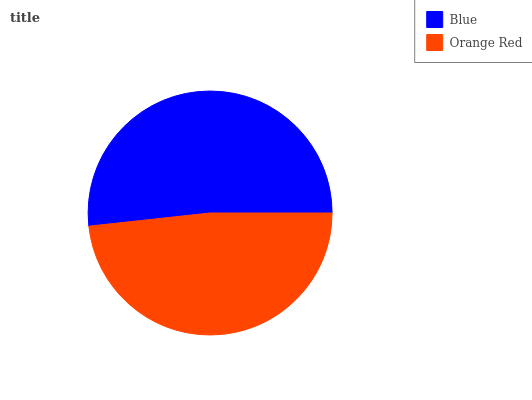
| Blue | Orange Red |
 | --- | --- |
 | 51.8% | 48.2% |